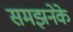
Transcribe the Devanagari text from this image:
समझनेके